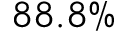
8 8 . 8 \%